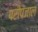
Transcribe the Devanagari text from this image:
परीपंजाल